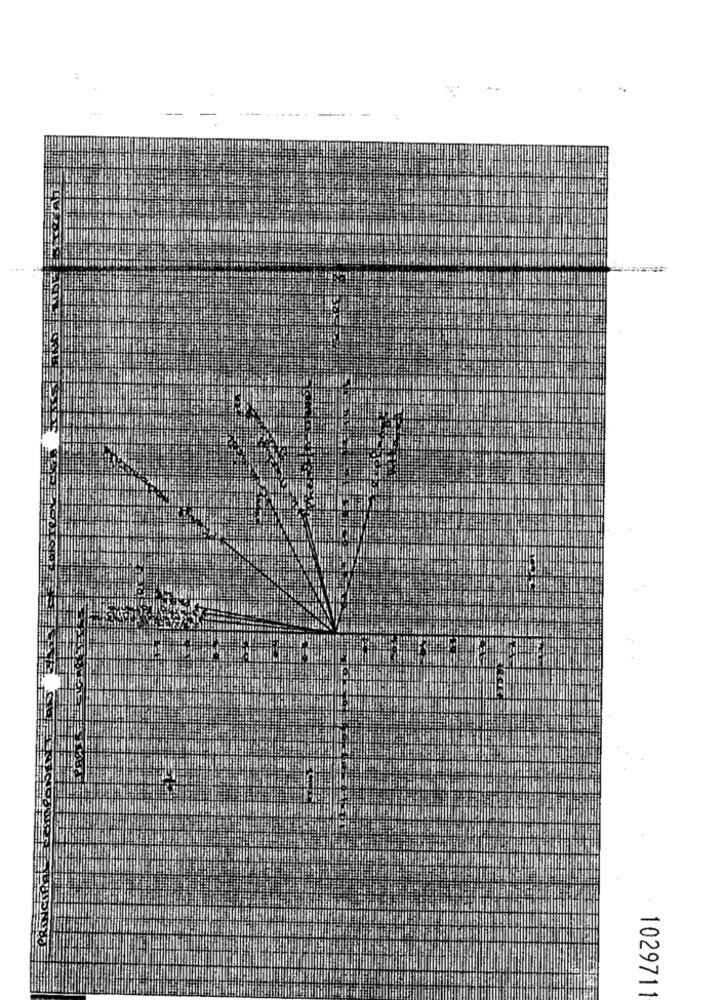
------------ -
1029711